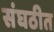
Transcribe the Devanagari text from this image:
संघठीत